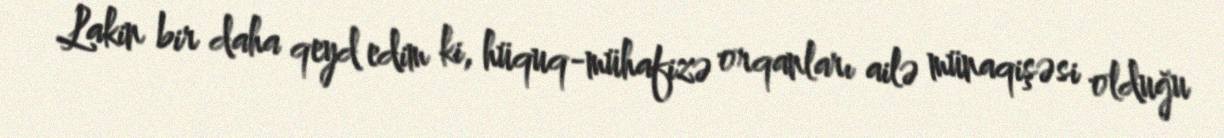
Lakin bir daha qeyd edim ki, hüquq-mühafizə orqanları ailə münaqişəsi olduğu